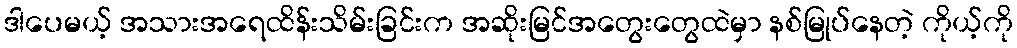
ဒါပေမယ့် အသားအရေထိန်းသိမ်းခြင်းက အဆိုးမြင်အတွေးတွေထဲမှာ နစ်မြုပ်နေတဲ့ ကိုယ့်ကို